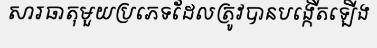
សារធាតុមួយប្រភេទដែលត្រូវបានបង្កើតឡើង